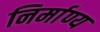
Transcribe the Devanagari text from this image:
निर्माण्य